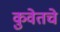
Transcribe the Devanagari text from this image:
कुवेतचे